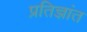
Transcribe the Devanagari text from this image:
प्रतिज्ञांत